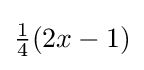
{\tfrac {1}{4}}(2x-1)